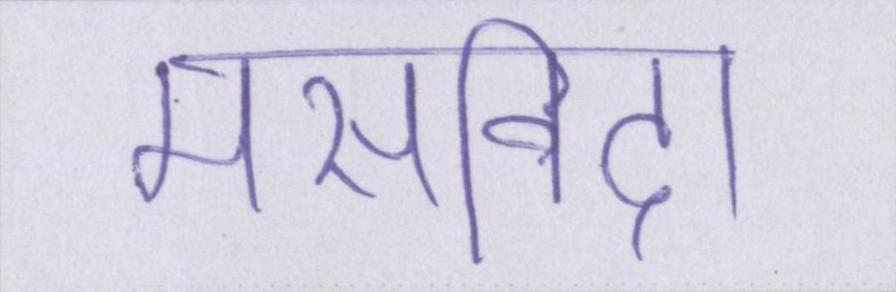
मसविदा